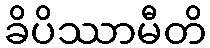
ခိပိဿာမီတိ